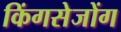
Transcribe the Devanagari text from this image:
किंगसेजोंग